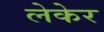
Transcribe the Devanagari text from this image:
लेकेर